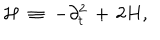
{ \mathcal H } \; \equiv \; - \partial _ { t } ^ { 2 } \, + \, 2 H ,